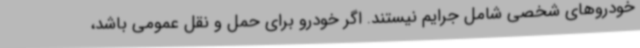
خودروهای شخصی شامل جرایم نیستند. اگر خودرو برای حمل و نقل عمومی باشد،